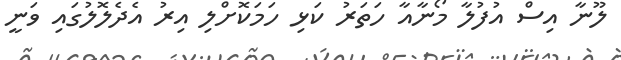
ލޫނާ އިސް އުފުލާ މޯނާއާ ހަތަރު ކަޅި ހަމަކޮށްލި އިރު އެދެލޮލުގައި ވަނީ